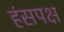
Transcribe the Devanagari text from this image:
हंसपक्ष